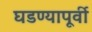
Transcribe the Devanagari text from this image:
घडण्यापूर्वी